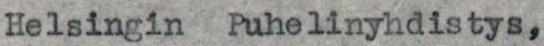
Helsingin Puhelinyhdistys,